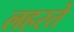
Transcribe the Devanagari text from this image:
लहरते